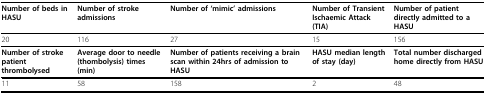
<table><thead><tr><td><b>Number of beds in HASU</b></td><td><b>Number of stroke admissions</b></td><td><b>Number of &#x27;mimic&#x27; admissions</b></td><td><b>Number of Transient Ischaemic Attack (TIA)</b></td><td><b>Number of patient directly admitted to a HASU</b></td></tr></thead><tbody><tr><td>20</td><td>116</td><td>27</td><td>15</td><td>156</td></tr><tr><td><b>Number of stroke patient thrombolysed</b></td><td><b>Average door to needle (thombolysis) times (min)</b></td><td><b>Number of patients receiving a brain scan within 24hrs of admission to HASU</b></td><td><b>HASU median length of stay (day)</b></td><td><b>Total number discharged home directly from HASU</b></td></tr><tr><td>11</td><td>58</td><td>158</td><td>2</td><td>48</td></tr></tbody></table>